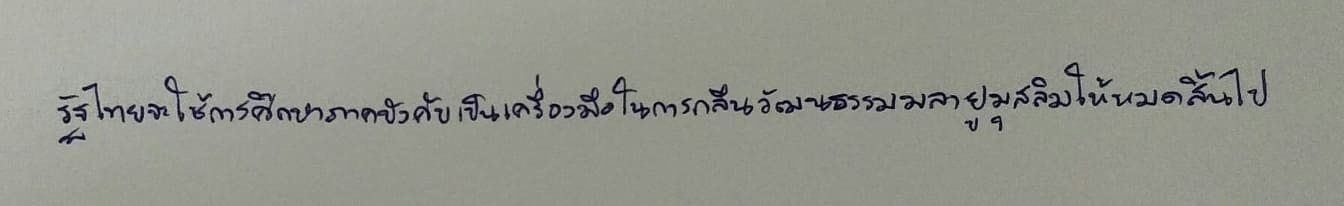
รัฐไทยจะใช้การศึกษาภาคบังคับเป็นเครื่องมือในการกลืนวัฒนธรรมมลายูมุสลิมให้หมดสิ้นไป